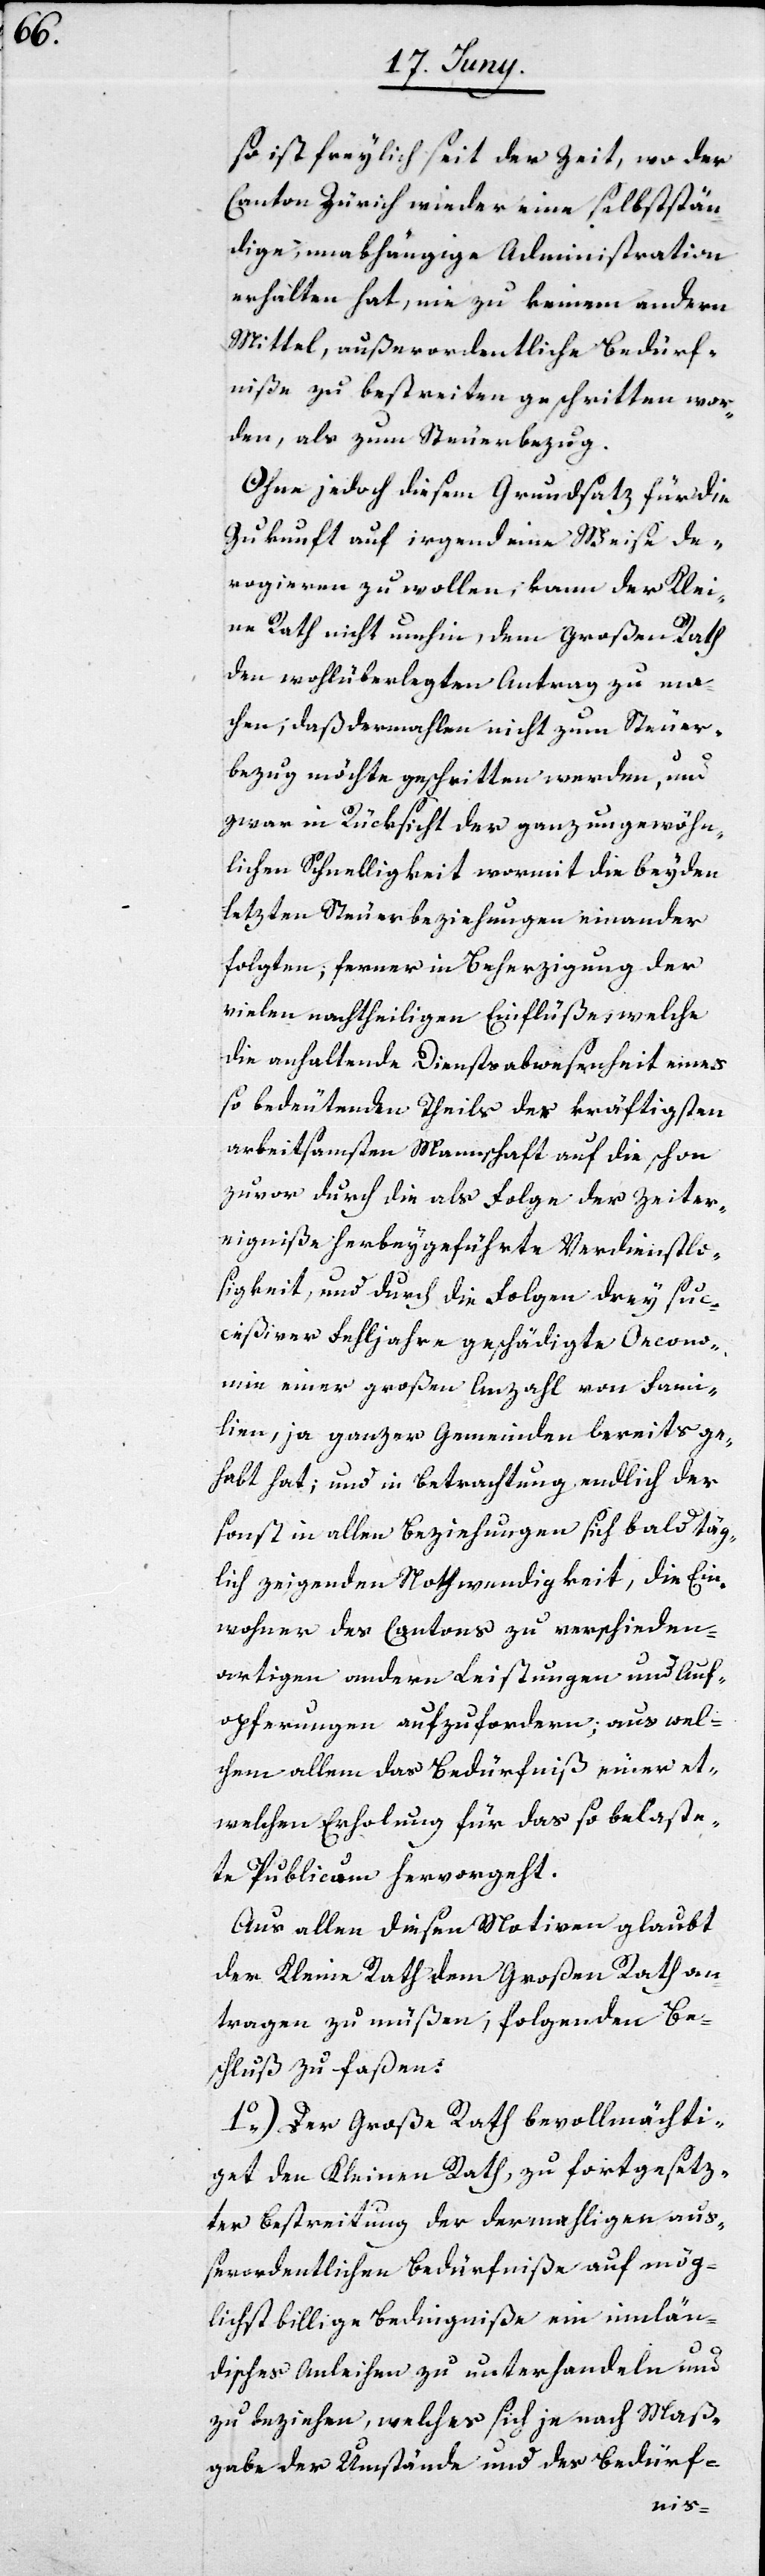
so ist freylich seit der Zeit, wo der
Canton Zürich wieder eine selbststän¬
dige, unabhängige Administration
erhalten hat, nie zu keinem andern
Mittel, außerordentliche Bedürf¬
niße zu bestreiten geschritten wor¬
den, als zum Steuerbezug.
Ohne jedoch diesem Grundsatz für die
Zukunft auf irgend eine Weise de¬
rogieren zu wollen, kann der Klei¬
ne Rath nicht umhin, dem Großen Rath
den wohlüberlegten Antrag zu ma¬
chen, daß dermahlen nicht zum Steuer¬
bezug möchte geschritten werden, und
zwar in Rücksicht der ganz ungewöhn¬
lichen Schnelligkeit wormit die beyden
letzten Steuerbeziehungen einander
folgten, ferner in Beherzigung der
vielen nachtheiligen Einflüße, welche
die anhaltende Dienstabwesenheit eines
so bedeutenden Theils der kräftigsten
arbeitsamsten Mannschaft auf die schon
zuvor durch die als Folge der Zeiter¬
eigniße herbeygeführte Verdienstlo¬
sigkeit, und durch die Folgen drey suc¬
ceßiver Fehljahre geschädigte Oecono¬
mie einer großen Anzahl von Fami¬
lien, ja ganzer Gemeinden bereits ge¬
habt hat; und in Betrachtung endlich der
sonst in allen Beziehungen sich bald täg¬
lich zeigenden Nothwendigkeit, die Ein¬
wohner des Cantons zu verschieden¬
artigen andern Leistungen und Auf¬
opferungen aufzufordern; aus wel¬
chem allem das Bedürfniß einer et¬
welchen Erholung für das so belaste¬
te Publicum hervorgeht.
Aus allen diesen Motiven glaubt
der Kleine Rath dem Großen Rath an¬
tragen zu müßen, folgenden Be¬
schluß zu faßen:
1.) Der Große Rath bevollmächti¬
get den Kleinen Rath, zu fortgesetz¬
ter Bestreitung der dermahligen auß¬
erordentlichen Bedürfniße auf mög¬
lichst billige Bedingniße ein innlän¬
disches Anleihen zu unterhandeln und
zu beziehen, welches sich je nach Maß¬
gabe der Umstände und des Bedürf-